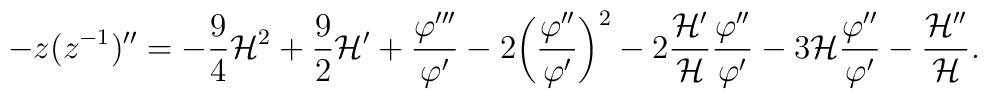
-z(z^{-1})'' = - \frac{9}{4} {\cal H}^2 + \frac{9}{2} {\cal H}'  + \frac{\varphi'''}{\varphi'} - 2 \biggl(\frac{\varphi''}{\varphi'}\biggr)^2 - 2 \frac{{\cal H}'}{\cal H} \frac{\varphi''}{\varphi'} - 3 {\cal H} \frac{\varphi''}{\varphi'}-\frac{{\cal H}''}{\cal H}.